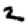
Digit: 2